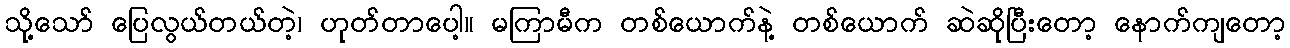
သို့သော် ပြေလွယ်တယ်တဲ့၊ ဟုတ်တာပေါ့။ မကြာမီက တစ်ယောက်နဲ့ တစ်ယောက် ဆဲဆိုပြီးတော့ နောက်ကျတော့